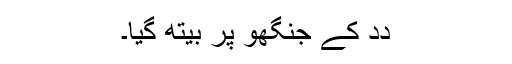
دِدِ کے جنگھو پر بیتھ گیا۔